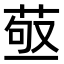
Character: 𦱩